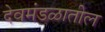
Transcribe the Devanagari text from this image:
देवमंडळातील